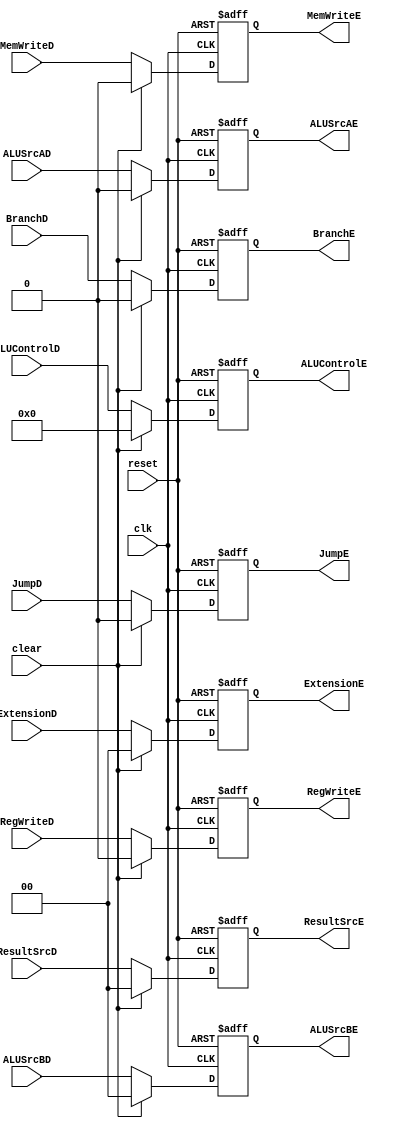
/*
	Name: Control Unit Pipeline Register between Decode and Execution Stage*/


module c_ID_IEx (clk, reset, clear, RegWriteD, MemWriteD, JumpD, BranchD, ALUSrcAD, ALUSrcBD, ResultSrcD, ALUControlD, 
										RegWriteE, MemWriteE, JumpE, BranchE, ALUSrcAE, ALUSrcBE, ResultSrcE, ALUControlE,ExtensionD,ExtensionE);

input   clk, reset, clear;
input   RegWriteD, MemWriteD, JumpD, BranchD, ALUSrcAD;
input   [1:0] ALUSrcBD;
input   [1:0] ResultSrcD;
input   [3:0] ALUControlD;
input [1:0] ExtensionD;
output  reg RegWriteE, MemWriteE, JumpE, BranchE,  ALUSrcAE;
output reg  [1:0] ALUSrcBE;
output  reg [1:0] ResultSrcE;
output   reg[3:0] ALUControlE;
output reg [1:0] ExtensionE;

always @( posedge clk, posedge reset ) begin

		if (reset) begin
			RegWriteE <= 0;
			MemWriteE <= 0;
			JumpE <= 0;
			BranchE <= 0; 
			ALUSrcAE <= 0;
			ALUSrcBE <= 0;
			ResultSrcE <= 0;
			ALUControlE <= 0;
			ExtensionE <= 0;          
		end

		else if (clear) begin
			RegWriteE <= 0;
			MemWriteE <= 0;
			JumpE <= 0;
			BranchE <= 0; 
			ALUSrcAE <= 0;
			ALUSrcBE <= 0;
			ResultSrcE <= 0;
			ALUControlE <= 0; 
			ExtensionE <= 0;        			
		end
		
		else begin
			RegWriteE <= RegWriteD;
			MemWriteE <= MemWriteD;
			JumpE <= JumpD;
			BranchE <= BranchD; 
			ALUSrcAE <= ALUSrcAD;
			ALUSrcBE <= ALUSrcBD;
			ResultSrcE <= ResultSrcD;
			ALUControlE <= ALUControlD;
		    ExtensionE <= ExtensionD;        
		end
		 
	 end
  
endmodule